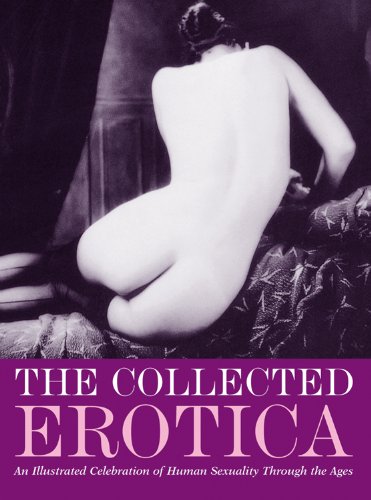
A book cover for Collected Erotica, The: An Illustrated Celebration of Human Sexuality Through the Ages; Arts & Photography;